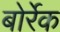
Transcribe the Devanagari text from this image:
बोर्रेक